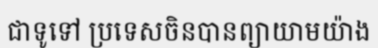
ជាទូទៅ ប្រទេសចិនបានព្យាយាមយ៉ាង